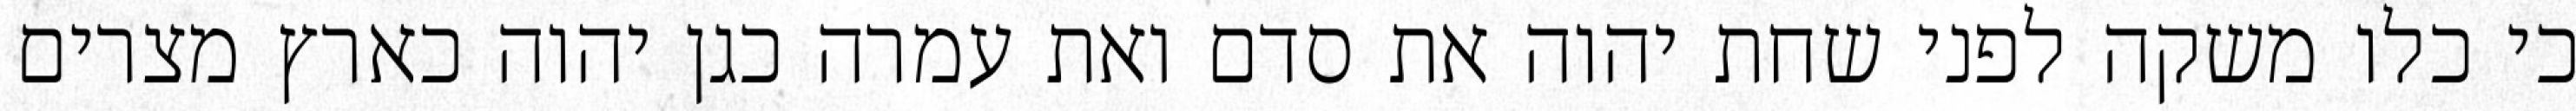
כי כלו משקה לפני שחת יהוה את סדם ואת עמרה כגן יהוה כארץ מצרים